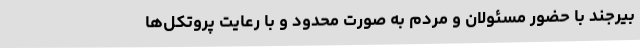
بیرجند با حضور مسئولان و مردم به صورت محدود و با رعایت پروتکل‌ها